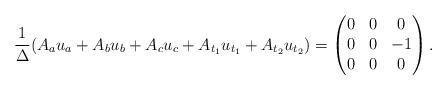
LaTeX: \begin{align*}\frac{1}{\Delta}(A_a u_a +A_b u_b + A_c u_c + A_{t_1} u_{t_1} +A_{t_2} u_{t_2}) = \left( \begin{matrix}0 & 0 & 0 \\0 & 0 & -1 \\0 & 0 & 0\end{matrix}\right).\end{align*}